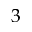
3